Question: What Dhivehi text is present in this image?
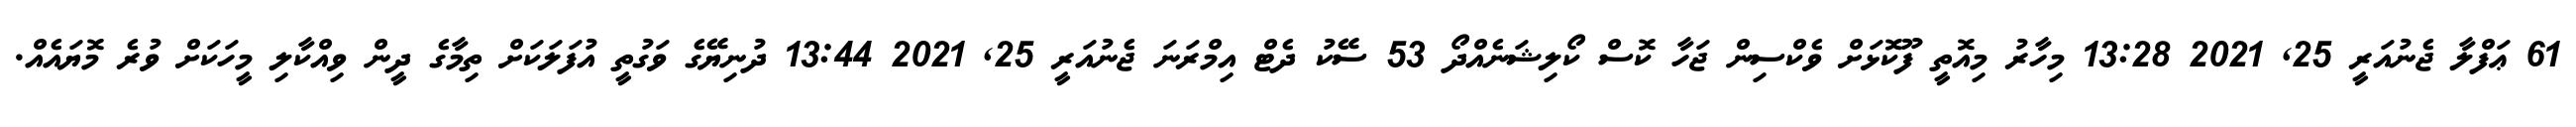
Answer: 61 ޢަފްލާ ޖެނުއަރީ 25, 2021 13:28 މިހާރު މިއޮތީ ފޫކޮޅަށް ވެކްސިން ޖަހާ ކޮސް ކޯލިޝަނެއްދޯ 53 ސޭކު ދެޓް އިމްރަނަ ޖެނުއަރީ 25, 2021 13:44 ދުނިޔޭގެ ވަގުތީ އުފަލަކަށް ތިމާގެ ދީން ވިއްކާލި މީހަކަށް ވުރެ މޮޔައެއް.